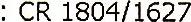
: CR 1804/1627